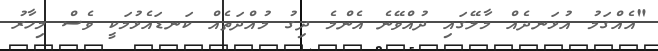
"އެއްގަމު އުޅަނދެއް މާލޭގައި ދުއްވޭނެ އެންމެ ދިގު މުއްދަތެއް ކަނޑައެޅުމަކީ ވެސް މިހާރު